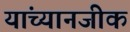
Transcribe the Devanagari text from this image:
यांच्यानजीक